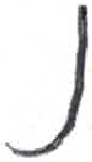
אות: נ